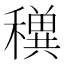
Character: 𥣕